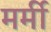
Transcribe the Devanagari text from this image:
मर्मी